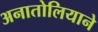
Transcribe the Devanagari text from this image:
अनातोलियाने